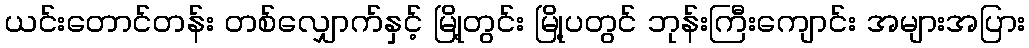
ယင်းတောင်တန်း တစ်လျှောက်နှင့် မြို့တွင်း မြို့ပတွင် ဘုန်းကြီးကျောင်း အများအပြား